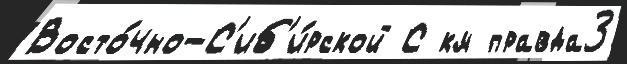
Восто́чно-С'иб'и́рской С км правда3